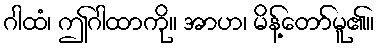
ဂါထံ၊ ဤဂါထာကို။ အာဟ၊ မိန့်တော်မူ၏။